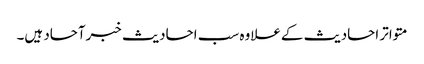
متواتر احادیث کےعلاوہ سب احادیث خبرآحاد ہیں۔